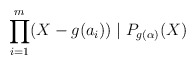
\begin{align*}\prod_{i=1}^{m}(X-g(a_i))\mid P_{g(\alpha)}(X)\end{align*}